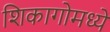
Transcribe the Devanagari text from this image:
शिकागोमध्ये